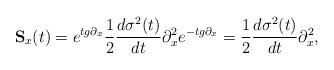
LaTeX: \begin{align*} \mathbf{S}_x(t) = e^{tg\partial_x}\frac{1}{2}\frac{d\sigma^2(t)}{dt}\partial_x^2e^{-tg\partial_x} = \frac{1}{2}\frac{d\sigma^2(t)}{dt}\partial_x^2,\end{align*}